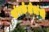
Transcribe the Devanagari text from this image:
संपर्कक्षेत्रांची